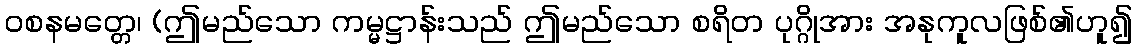
ဝစနမတ္တေ၊ (ဤမည်သော ကမ္မဋ္ဌာန်းသည် ဤမည်သော စရိတ ပုဂ္ဂိုအား အနုကူလဖြစ်၏ဟူ၍